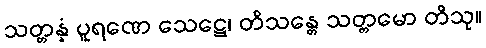
သတ္တန္နံ ပူရဏေ သေဋ္ဌေ၊ တိသန္တေ သတ္တမော တိသု။